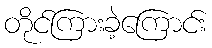
တိုင်ကြားခဲ့ကြောင်း